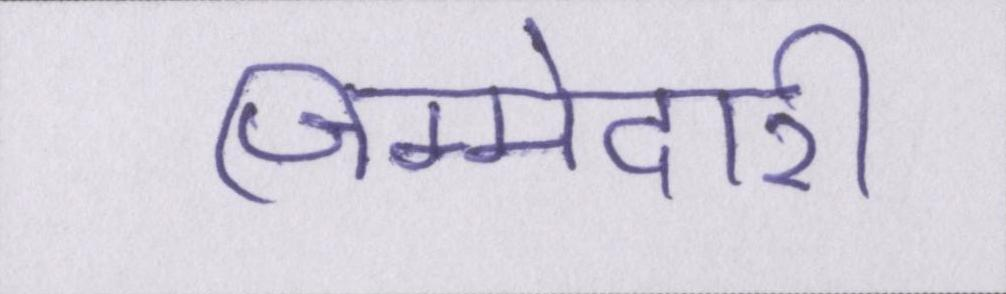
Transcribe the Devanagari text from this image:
जिम्मेदारी